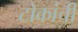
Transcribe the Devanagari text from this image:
टोकांची